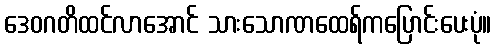
ဒေဝဂတိထင်လာအောင် သားသောဏထေရ်ကပြောင်းပေးပုံ။